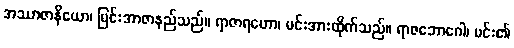
အဿာဇာနိယော၊ မြင်းအာဇာနည်သည်။ ရာဇာရဟော၊ မင်းအားထိုက်သည်။ ရာဇဘောဂေါ၊ မင်း၏